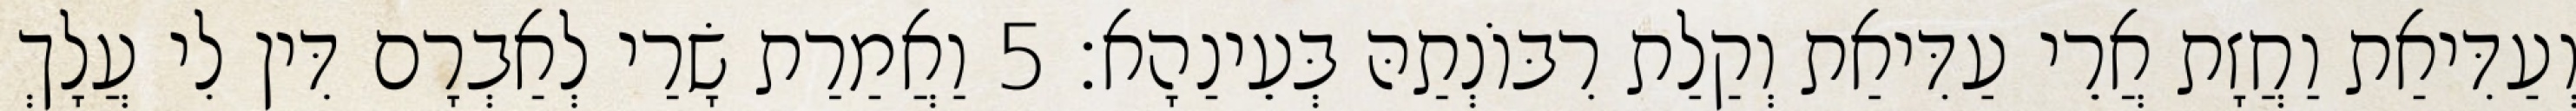
וְעַדִּיאַת וַחֲזָת אֲרֵי עַדִּיאַת וְקַלַת רִבּוֹנְתַהּ בְּעֵינַהָא׃ 5 וַאֲמַרַת שָׂרַי לְאַבְרָם דִּין לִי עֲלָךְ